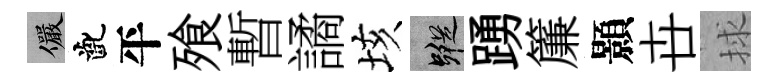
儼齔平飱暫譎垓蹤踴簾顥卋捄